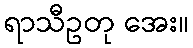
ရာသီဥတု အေး။